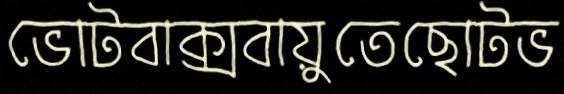
ভোটবাক্সবায়ুতেছোটভ